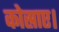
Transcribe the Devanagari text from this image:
कोस्राए।